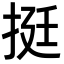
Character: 挺